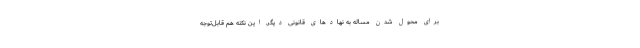
برای محول شدن مساله به نهادهای قانونی دیگر. این نکته هم قابل‌توجه